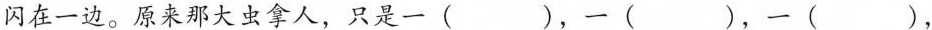
闪在一边。原来那大虫拿人，只是一()，一()，一()，